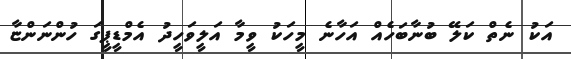
އަކު ނެތް ކަލޭ ބުނާބަހެއް އަހާނެ މީހަކު ވީމާ އަލީވަހީދު އެމްޑީޕީގަ ހުންނަންޏާ